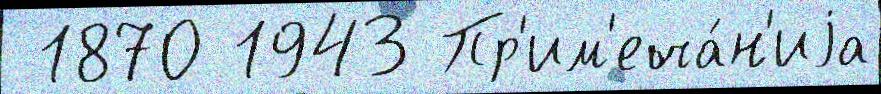
 1870 1943 Пр'им'еча́н'иjа